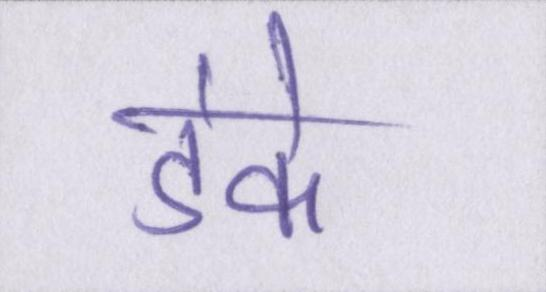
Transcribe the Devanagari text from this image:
डंके